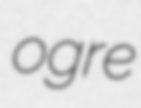
ogre